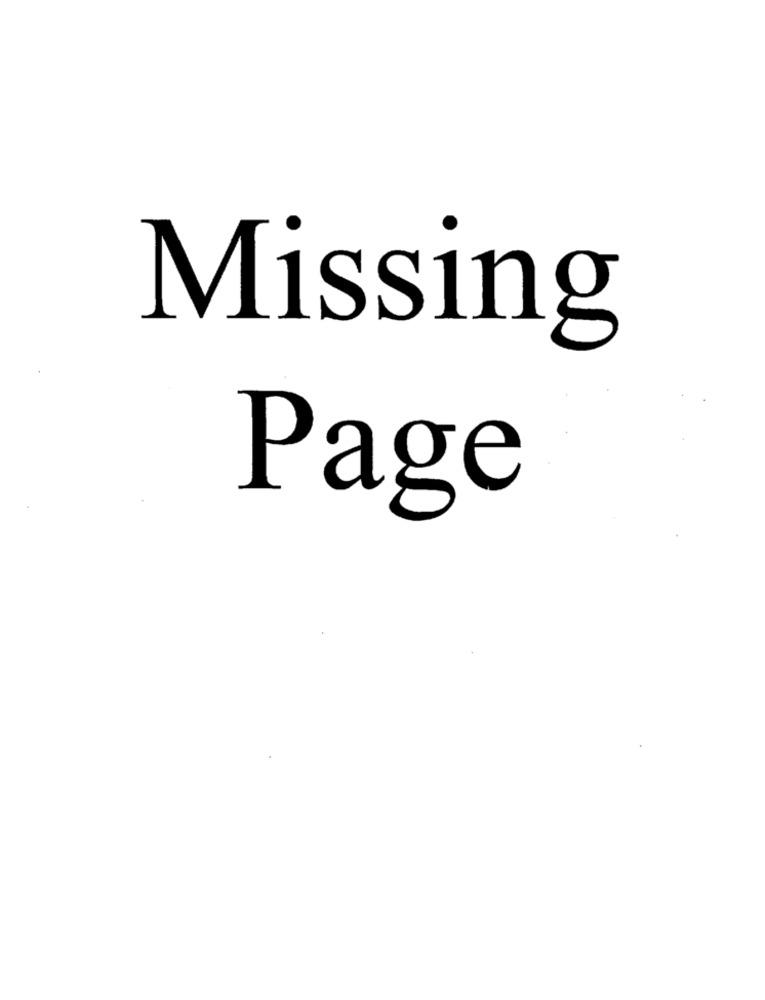
Missing
Page